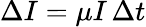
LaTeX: \Delta I=\mu I\, \Delta t